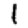
Digit: 1